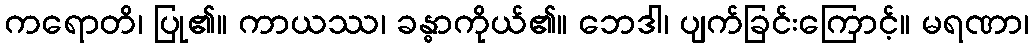
ကရောတိ၊ ပြု၏။ ကာယဿ၊ ခန္ဓာကိုယ်၏။ ဘေဒါ၊ ပျက်ခြင်းကြောင့်။ မရဏာ၊